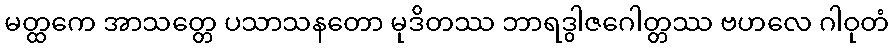
မတ္ထကေ အာသတ္တေ ပသာသနတော မုဒိတဿ ဘာရဒွါဇဂေါတ္တဿ ဗဟလေ ဂါဝုတံ